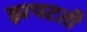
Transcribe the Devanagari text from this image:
झपटती